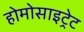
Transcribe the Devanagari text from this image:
होमोसाइट्रेट